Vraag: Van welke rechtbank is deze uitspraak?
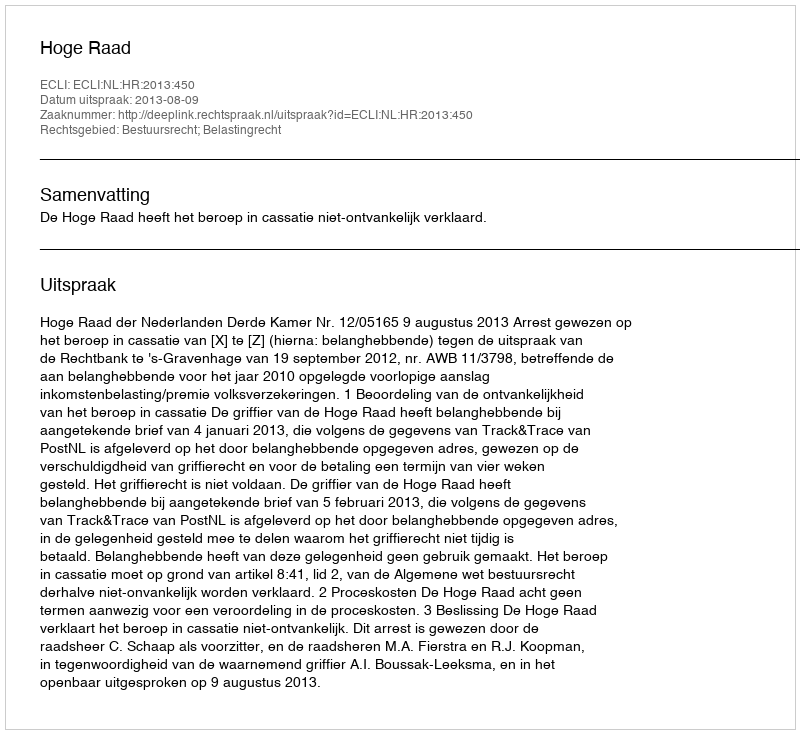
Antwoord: Hoge Raad